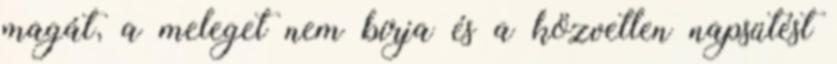
magát, a meleget nem bírja és a közvetlen napsütést